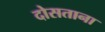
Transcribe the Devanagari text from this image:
दोसताना